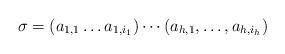
\begin{align*}\sigma = (a_{1,1} \ldots a_{1,i_1}) \cdots (a_{h,1},\ldots, a_{h,i_h})\end{align*}